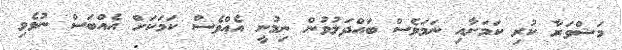
މަޝްވަރާ ކުރި ކަމަށާއި ނަމަވެސް ބައްދަލުވުން ނިމުނީ އެއްވެސް ކަމަކަށް އެއްބަސް ނުވެވި